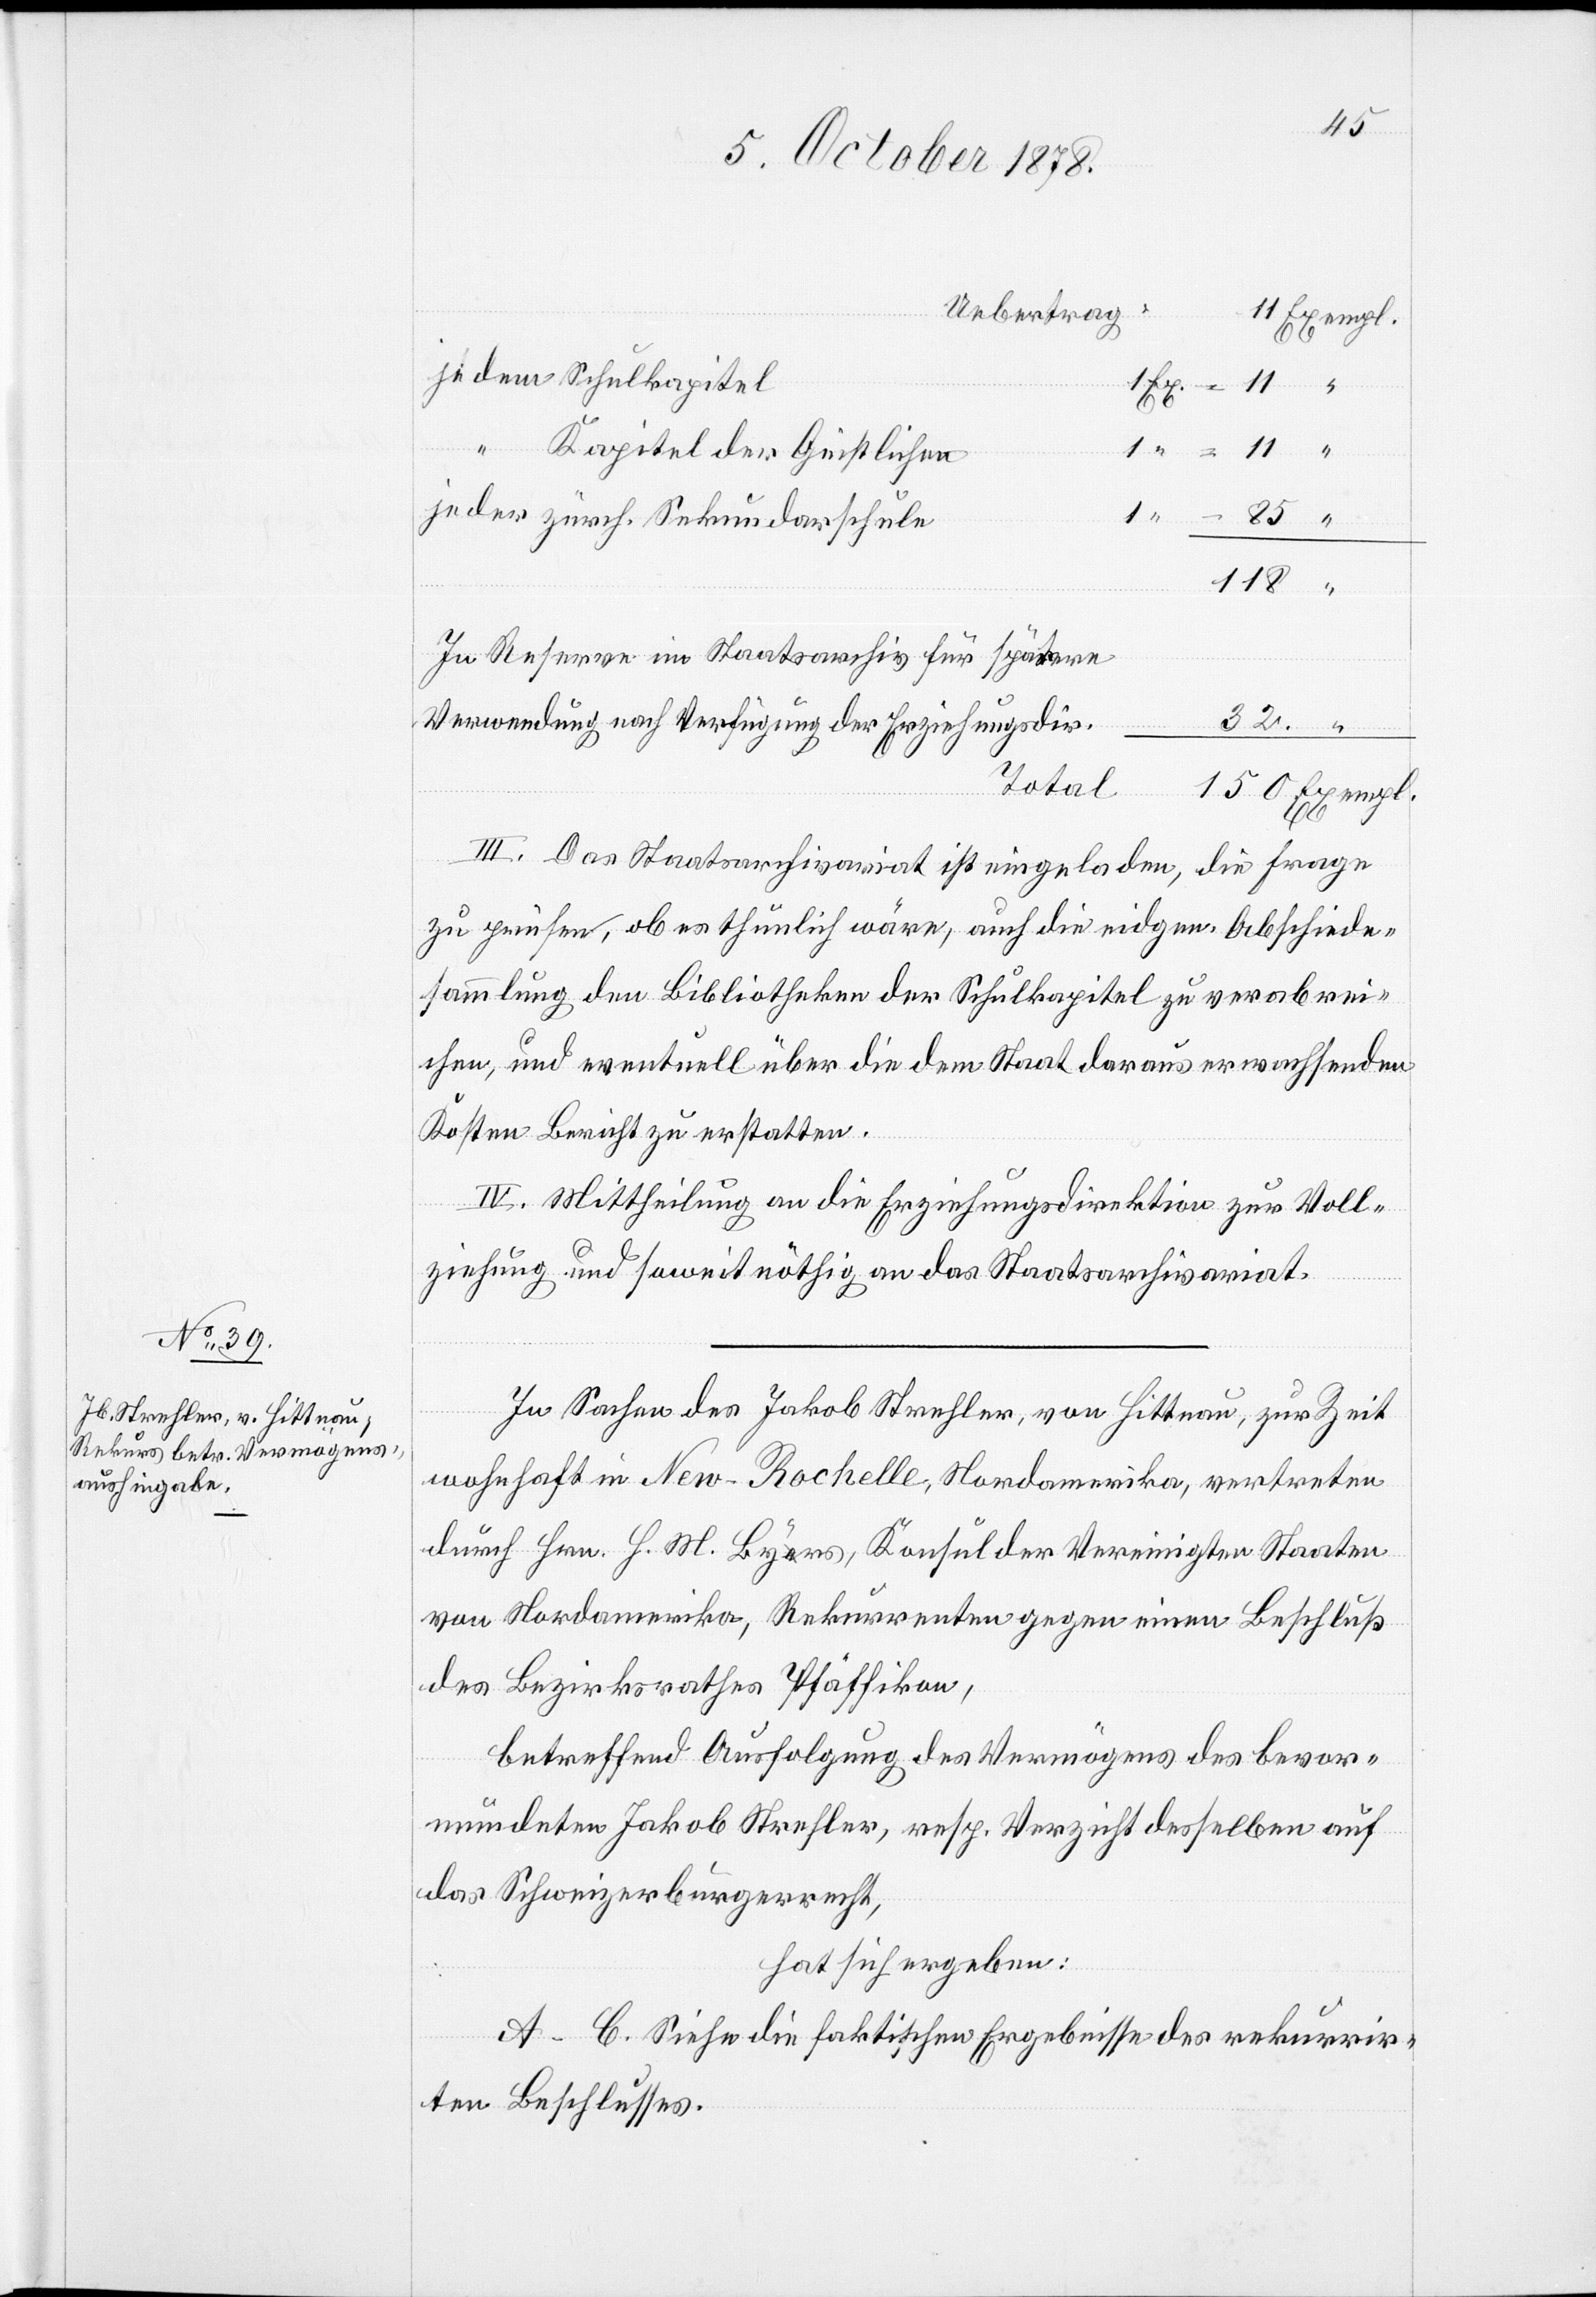
je dem Schulkapitel
1 Ex. = 11 “
der
“ Kapitel der Geistlichen
11
je der zürch. Sekundarschule
85 “
118
In Reserve im Staatsarchiv für spätere
32 “
Total
Verwendung
150 Exempl.
III. Das Staatsarchivariat ist eingeladen, die Frage
zu prüfen, ob es thunlich wäre, auch die eidgen. Abschiede¬
sammlung den Bibliotheken der Schulkapitel zu verabrei¬
chen, und eventuell über die dem Staat daraus erwachsenden
Kosten Bericht zu erstatten.
IV. Mittheilung an die Erziehungsdirektion zur Voll¬
ziehung und soweit nöthig an das Staatsarchivariat.
In Sachen des Jakob Strehler, von Hittnau, zur Zeit
wohnhaft in New-Rochelle, Nordamerika, vertreten
durch Hrn. H. M. Byrs, Konsul der Vereinigten Staaten
von Nordamerika, Rekurrenten gegen einen Beschluß
des Bezirksrathes Pfäffikon,
betreffend Ausfolgung des Vermögens des bevor¬
mundeten Jakob Strehler, resp. Verzicht desselben auf
das Schweizerbürgerrecht,
hat sich ergeben:
A–C. Siehe die faktischen Ergebnisse des rekurrir¬
ten Beschlusses.